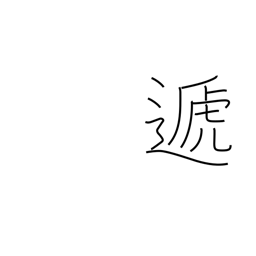
Meaning: hand over